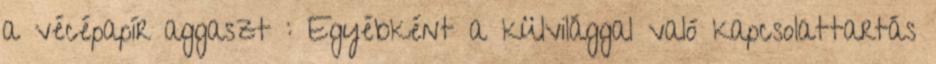
a vécépapír aggaszt : Egyébként a külvilággal való kapcsolattartás